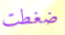
ضغطت